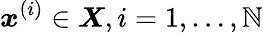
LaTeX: \boldsymbol{x}^{(i)}\in\boldsymbol{X},i=1,\dots,\mathbb{N}